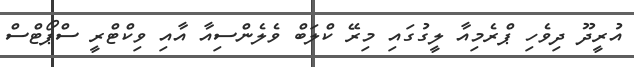
އުރީދޫ ދިވެހި ޕްރެމިއާ ލީގުގައި މިރޭ ކްލަބް ވެލެންސިއާ އާއި ވިކްޓްރީ ސްޕޯޓްސް